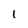
Character: 1